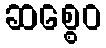
ဆစ္စေဝ